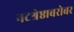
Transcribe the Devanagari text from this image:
नटश्रेष्ठाबरोबर